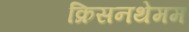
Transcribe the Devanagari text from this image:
क्रिसनथेमम